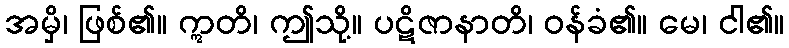
အမှိ၊ ဖြစ်၏။ ဣတိ၊ ဤသို့။ ပဋိဇာနာတိ၊ ဝန်ခံ၏။ မေ၊ ငါ၏။